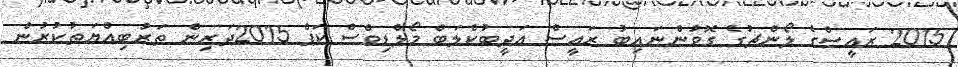
2015 ރައީސްގެ ލޯންޗުގެ ގޮވުންނައިބު ރައީސް އަދީބުކްލަބް މޯލްޑިވްސް ކަޕް 2015ދަރިން ތަރުބިއްޔަތުކުރުން